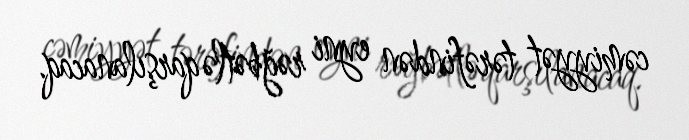
cəmiyyət tərəfindən eyni rəğbətlə qarşılanacaq.